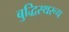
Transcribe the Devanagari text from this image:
बुद्धिस्थरूप